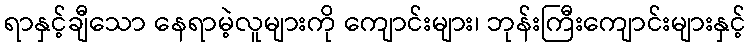
ရာနှင့်ချီသော နေရာမဲ့လူများကို ကျောင်းများ၊ ဘုန်းကြီးကျောင်းများနှင့်